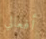
أفعالي